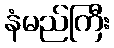
နံမည်ကြီး